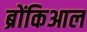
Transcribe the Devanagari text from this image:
ब्रोंकिआल